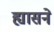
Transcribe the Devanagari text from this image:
ह्यासने